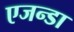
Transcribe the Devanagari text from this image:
एजन्डा